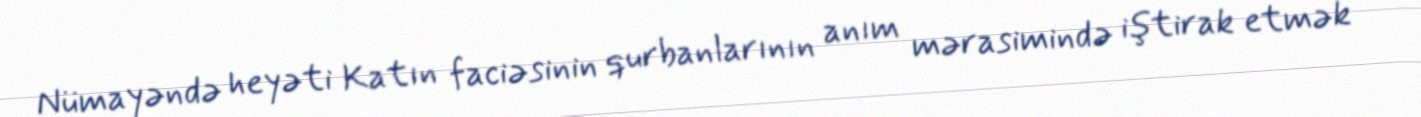
Nümayəndə heyəti Katın faciəsinin qurbanlarının anım mərasimində iştirak etmək